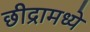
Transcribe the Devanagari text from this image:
छीद्रामध्ये